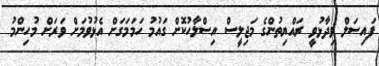
ފައިސަލް ވިދާޅުވީ ރައްޔިތުންގެ މަޖިލީސް އިސްލާހުކޮށް ގައުމު ހަމަމަގަށް އެޅުވުމަށް ވަަރަށް މުހިންމު